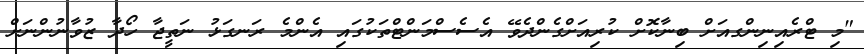
"މި ޓްރެއިނިންގއަށް ބިނާކޮށް ކުރިއަށްގެންދެވޭ އެސެސްމަންޓްތަކުގައި އެންމެ ރަނގަޅު ނަތީޖާ ހޯދާ ޒުވާނުންނަށް